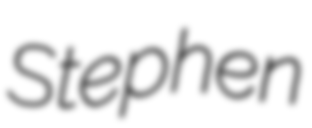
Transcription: Stephen